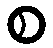
စ